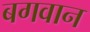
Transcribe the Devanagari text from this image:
बगवान